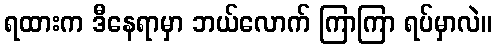
ရထားက ဒီနေရာမှာ ဘယ်လောက် ကြာကြာ ရပ်မှာလဲ။